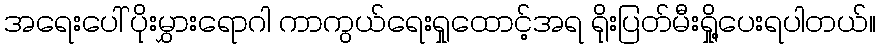
အရေးပေါ် ပိုးမွှားရောဂါ ကာကွယ်ရေးရှုထောင့်အရ ရိုးပြတ်မီးရှို့ပေးရပါတယ်။